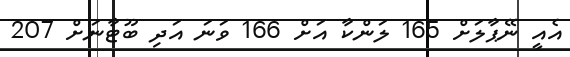
އެއީ ނޭޕާލަށް 165 ލަންކާ އަށް 166 ވަނަ އަދި ބޫޓާނަށް 207